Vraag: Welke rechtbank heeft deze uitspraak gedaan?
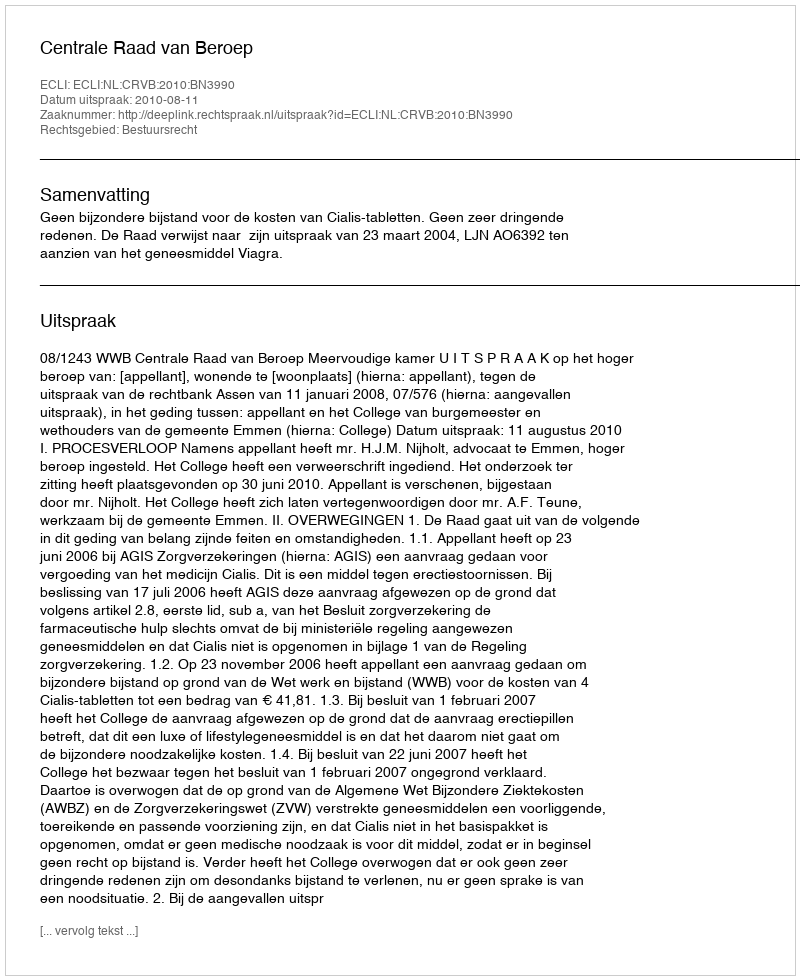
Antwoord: Centrale Raad van Beroep